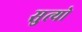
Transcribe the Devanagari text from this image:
सुत्यो